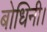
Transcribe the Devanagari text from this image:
बोधिनी।